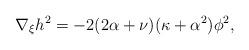
LaTeX: \begin{align*}\nabla _{\xi }h^{2}=-2(2\alpha +\nu )(\kappa +\alpha ^{2})\phi ^{2},\end{align*}